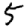
Digit: 5